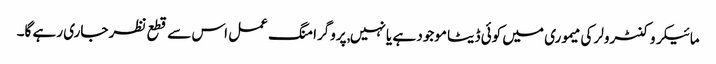
مائیکروکنٹرولر کی میموری میں کوئی ڈیٹا موجود ہے یا نہیں, پروگرامنگ عمل اس سے قطع نظر جاری رہے گا۔